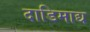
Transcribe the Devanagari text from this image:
दाडिमाद्य